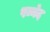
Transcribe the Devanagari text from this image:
पव्नेद